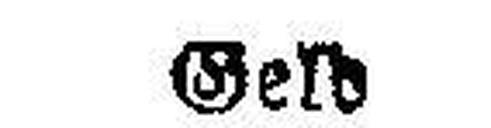
Geld